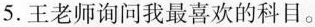
5.王老师询问我最喜欢的科目。